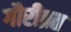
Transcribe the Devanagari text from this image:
गौरीव्रत